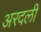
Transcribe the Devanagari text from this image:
अरदली